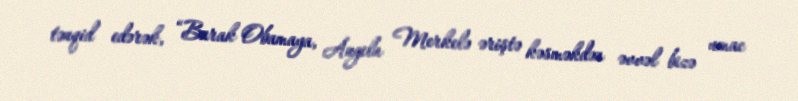
tənqid edərək, “Barak Obamaya, Angela Merkelə əriştə kəsməkdən əvvəl bizə umac